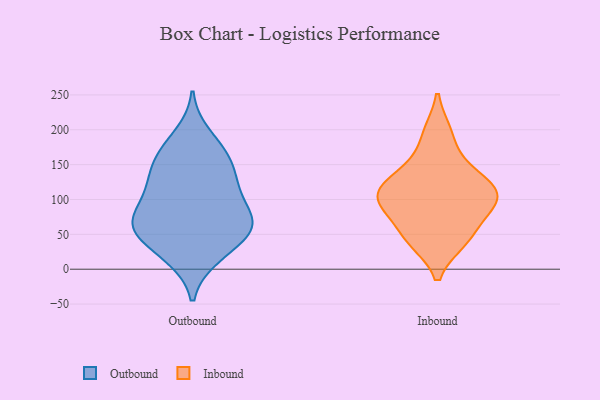
{"axis": {"x": "Energy Usage (MWh)", "y": "Value"}, "legend": ["Inbound", "Outbound"], "data": [{"x": "", "y": 119, "type": "Outbound"}, {"x": "", "y": 17, "type": "Outbound"}, {"x": "", "y": 106, "type": "Outbound"}, {"x": "", "y": 151, "type": "Outbound"}, {"x": "", "y": 111, "type": "Outbound"}, {"x": "", "y": 60, "type": "Outbound"}, {"x": "", "y": 173, "type": "Outbound"}, {"x": "", "y": 151, "type": "Outbound"}, {"x": "", "y": 60, "type": "Outbound"}, {"x": "", "y": 119, "type": "Outbound"}, {"x": "", "y": 72, "type": "Outbound"}, {"x": "", "y": 66, "type": "Outbound"}, {"x": "", "y": 159, "type": "Outbound"}, {"x": "", "y": 193, "type": "Outbound"}, {"x": "", "y": 37, "type": "Outbound"}, {"x": "", "y": 18, "type": "Outbound"}, {"x": "", "y": 59, "type": "Outbound"}, {"x": "", "y": 70, "type": "Outbound"}, {"x": "", "y": 64, "type": "Outbound"}, {"x": "", "y": 43, "type": "Inbound"}, {"x": "", "y": 151, "type": "Inbound"}, {"x": "", "y": 196, "type": "Inbound"}, {"x": "", "y": 128, "type": "Inbound"}, {"x": "", "y": 40, "type": "Inbound"}, {"x": "", "y": 98, "type": "Inbound"}, {"x": "", "y": 112, "type": "Inbound"}, {"x": "", "y": 72, "type": "Inbound"}, {"x": "", "y": 109, "type": "Inbound"}, {"x": "", "y": 96, "type": "Inbound"}]}